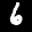
Label: 6